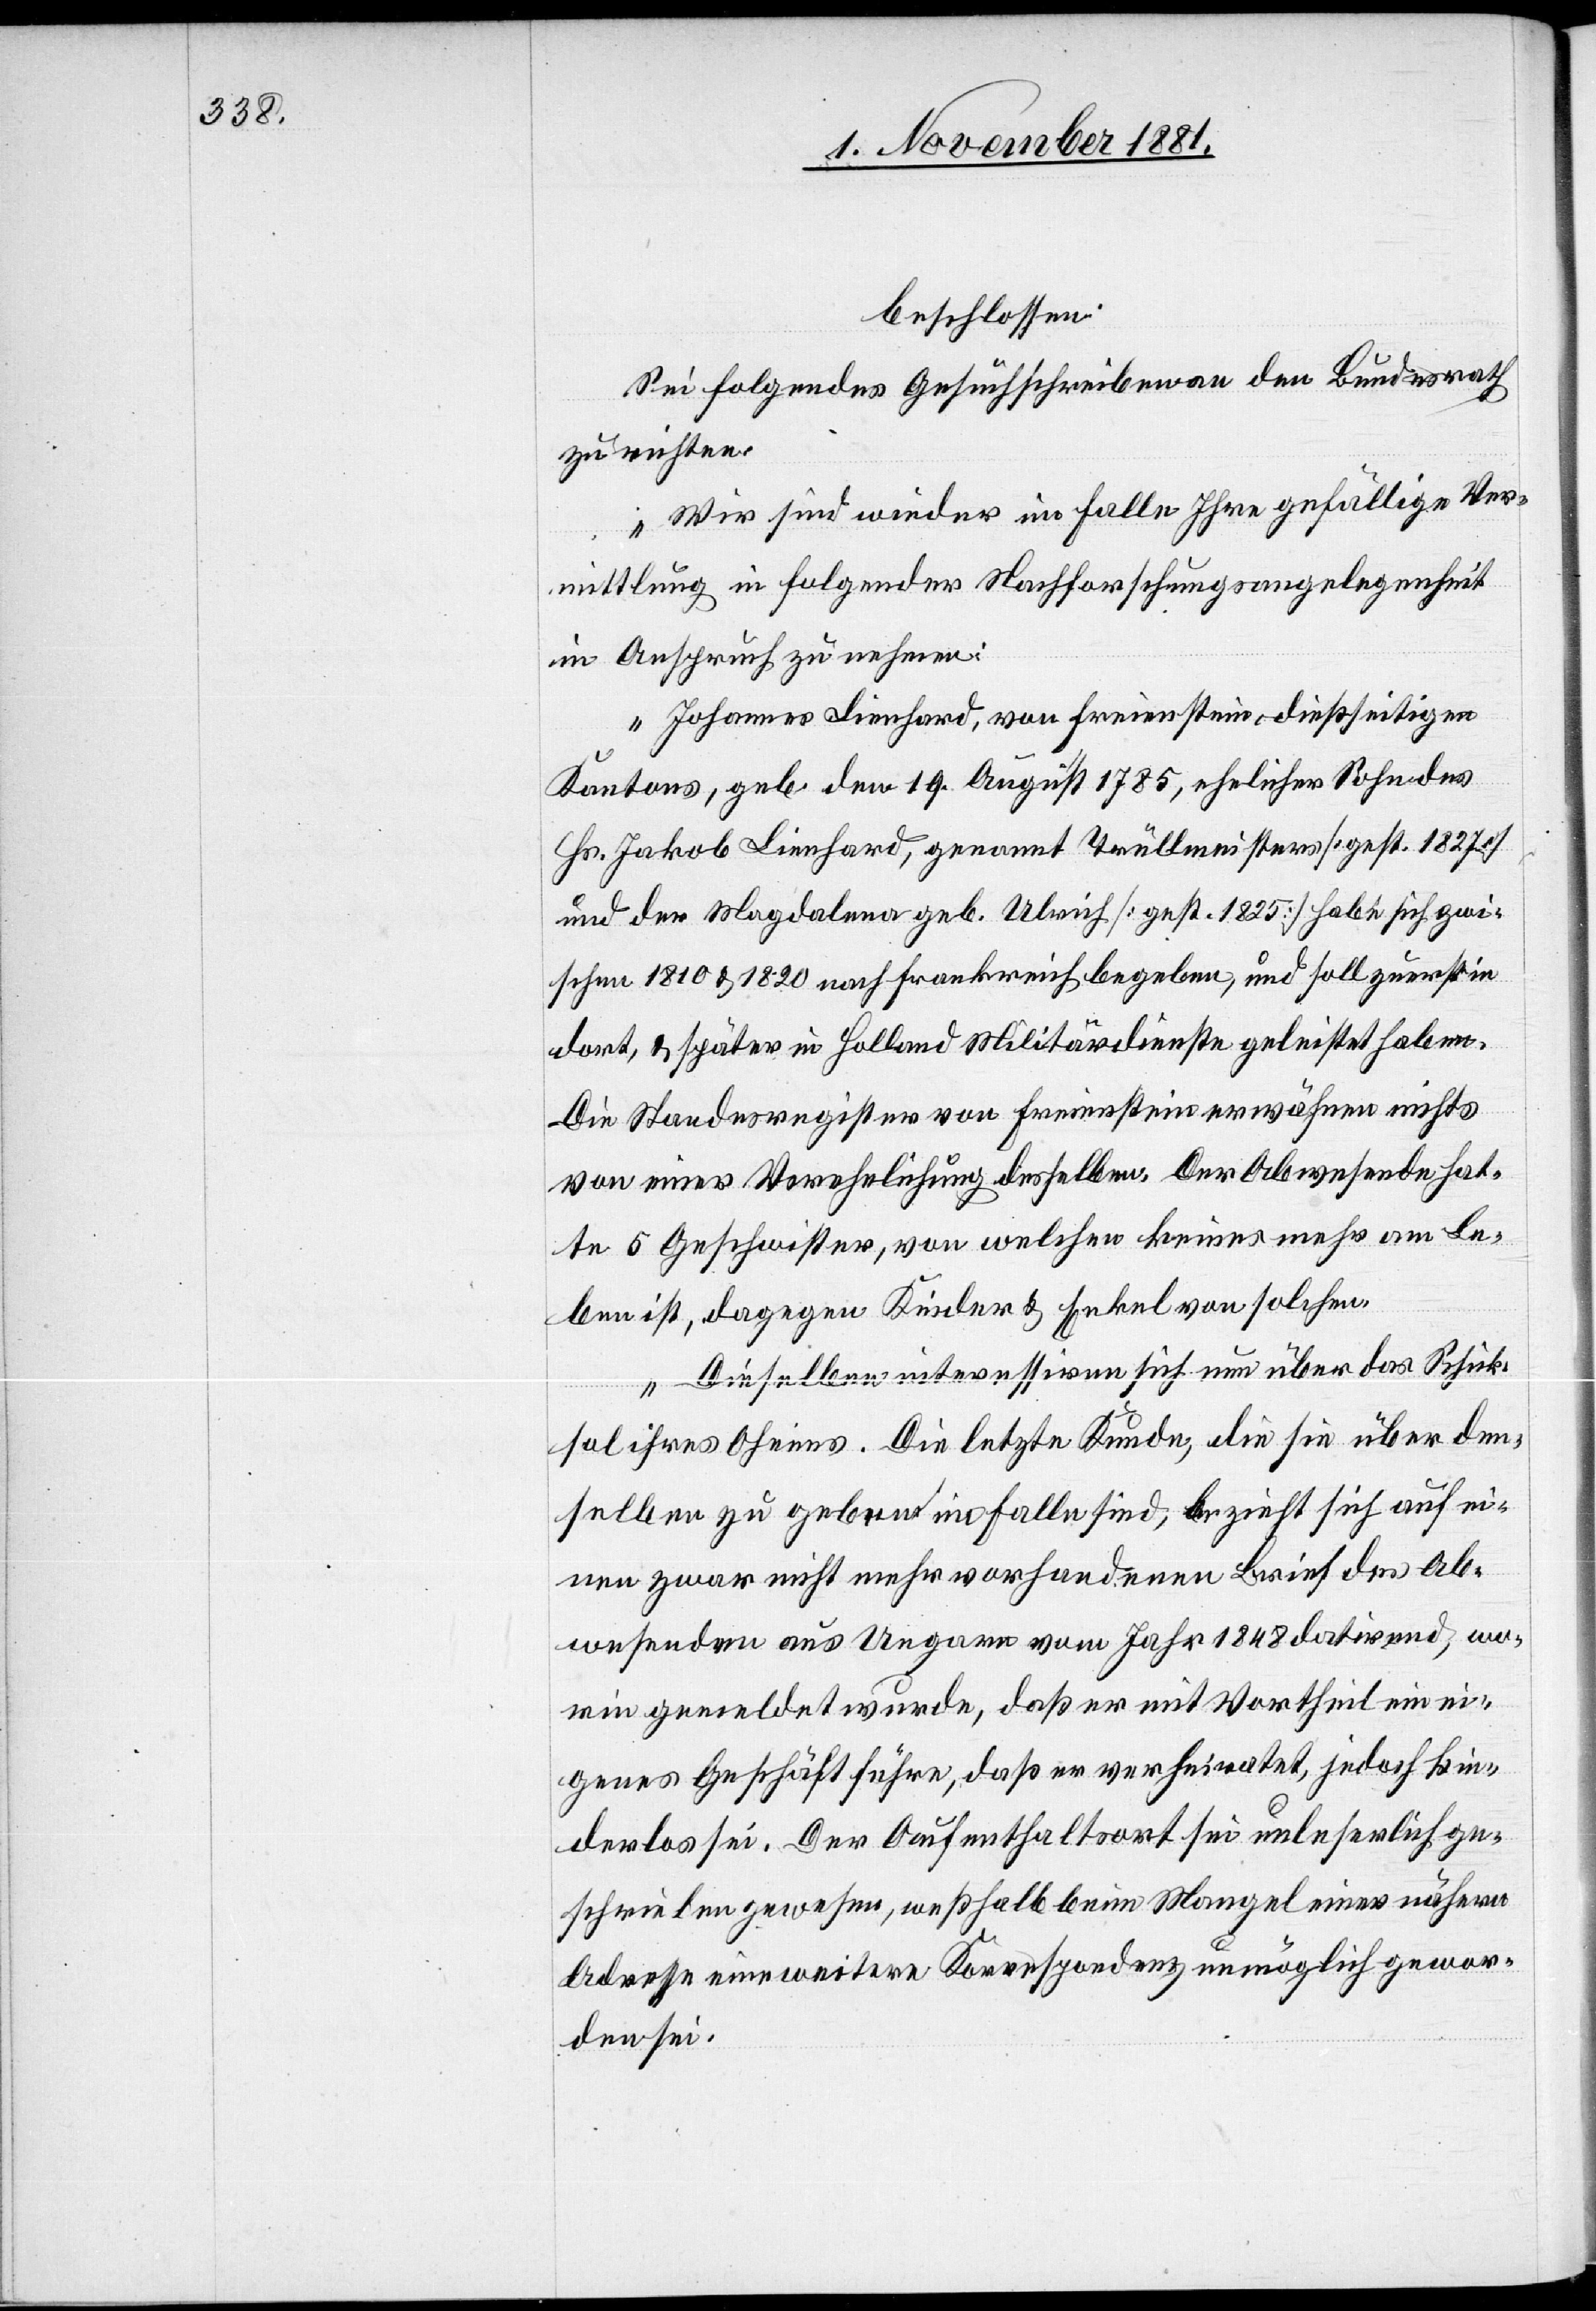
beschlossen:
Sei folgendes Gesuchschreiben an den Bundesrath
zu richten:
„Wir sind wieder im Falle Ihre gefällige Ver¬
mittlung in folgender Nachforschungsangelegenheit
in Anspruch zu nehmen:
Johannes Lienhard, von Freienstein, dießseitigen
Kantons, geb. den 19. August 1785, ehelicher Sohn des
Hr. Jakob Lienhard, genannt Trüllmeisters [gest. 1827]
und der Magdalena geb. Ulrich [gest. 1825] habe sich zwi¬
schen 1810 & 1820 nach Frankreich begeben, und soll zuerst in
dort. & später in Holland Militärdienste geleistet haben.
Die Standesregister von Freienstein erwähnen nichts
von einer Verehelichung desselben. Der Abwesende hat¬
te 5 Geschwister, von welchen keines mehr am Le¬
ben ist, dagegen Kinder & Enkel von solchen.
Dieselben interessiren sich nun über das Schick¬
sal ihres Oheims. Die letzte Kunde, die sie über den¬
selben zu geben im Falle sind, bezieht sich auf ei¬
nen zwar nicht mehr vorhandenen Brief des Ab¬
wesenden aus Ungarn vom Jahr 1848 datirend, wo¬
rin gemeldet wurde, daß er mit Vortheil ein ei¬
genes Geschäft führe, daß er verheiratet, jedoch kin¬
derlos sei. Der Aufenthaltsort sei unleserlich ge¬
schrieben gewesen, weßhalb beim Mangel einer nähern
Adresse eine weitere Korrespondenz unmöglich gewor¬
den sei.